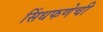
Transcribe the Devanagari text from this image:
सिंधफणेची